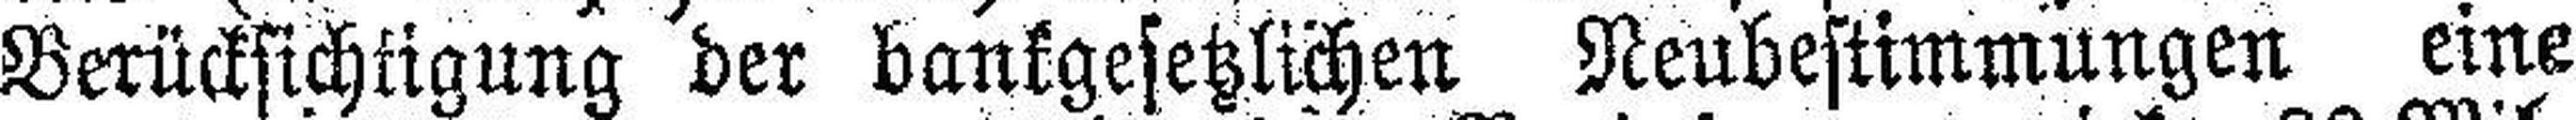
Berücksichtigung der bankgesetzlichen Neubestimmungen eine